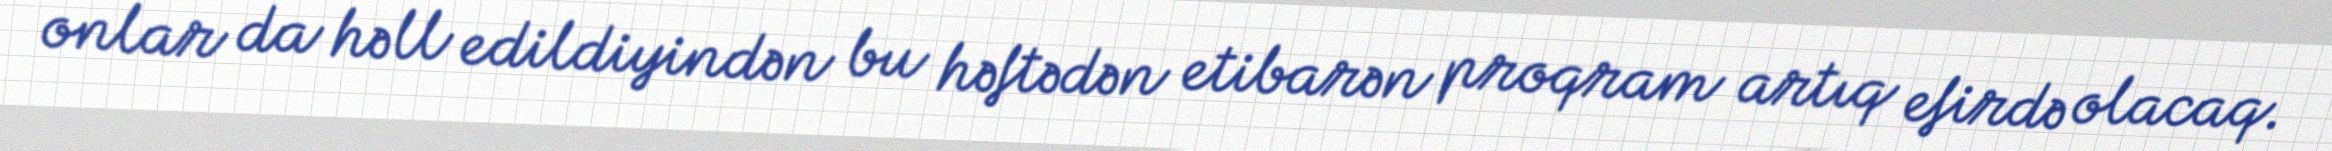
onlar da həll edildiyindən bu həftədən etibarən proqram artıq efirdə olacaq.